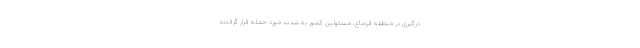
درگیری در منطقه قره‌باغ، مسئولین کشور به شدت مورد حمله قرار گرفتند